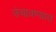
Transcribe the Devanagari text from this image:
उंचावण्यात